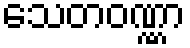
သေတဝဏ္ဏာ